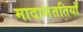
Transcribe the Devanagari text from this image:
मादासंततियाँ